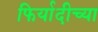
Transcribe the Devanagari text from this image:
फिर्यादीच्या